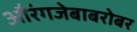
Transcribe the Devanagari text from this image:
औरंगजेबाबरोबर